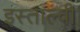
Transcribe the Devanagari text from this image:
इस्ताल्वी